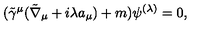
( \tilde { \gamma } ^ { \mu } ( \tilde { \nabla } _ { \mu } + i \lambda a _ { \mu } ) + m ) \psi ^ { ( \lambda ) } = 0 ,